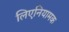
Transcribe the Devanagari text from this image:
लिएनियामक